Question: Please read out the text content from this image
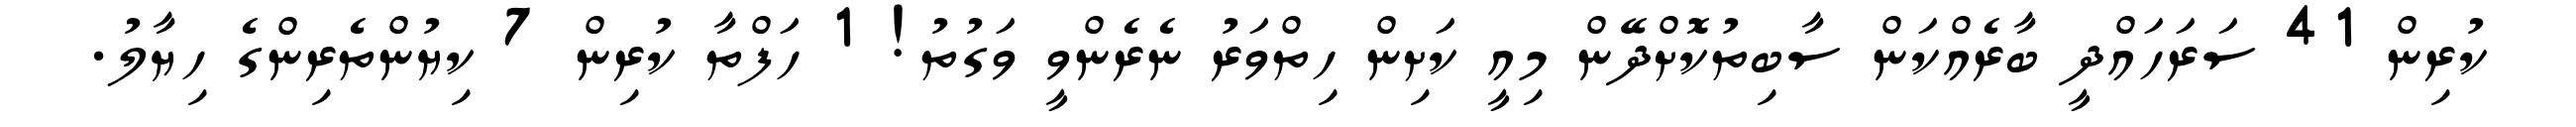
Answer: ކުރިން 41 ސަރަހައްދީ ބާރެއްކަން ސާބިތުކޮށްދޭން މިއީ ކަށިން ހިތްވަރު ނެރެންވީ ވަގުތު! 1 ހަފްތާ ކުރިން 7 ކިޔުންތެރިންގެ ހިޔާލު.